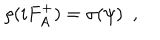
\rho ( i F _ { A } ^ { + } ) = \sigma ( \psi ) ~ ~ ,